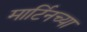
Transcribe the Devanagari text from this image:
मार्टिनच्या